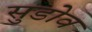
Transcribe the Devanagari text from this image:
सुडोव